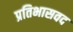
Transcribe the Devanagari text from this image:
प्रतिभासवद